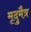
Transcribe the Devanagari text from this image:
मृदुमैत्र